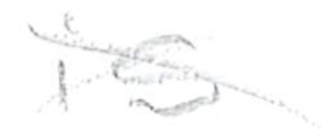
Text: is
Cross-out: mix
Writing tool: pencil